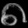
Digit: ၈